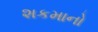
શકમાનો